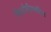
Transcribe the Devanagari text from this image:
निर्यातीमधील